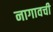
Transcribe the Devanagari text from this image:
नागावची